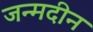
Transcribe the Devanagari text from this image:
जन्मदीन